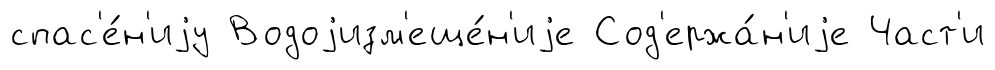
спас'е́н'иjу Водоjизм'еще́н'иjе Сод'ержа́н'иjе Част'и